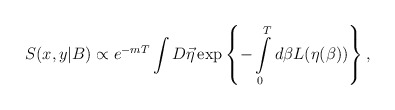
\begin{align*}S(x,y|B) \propto e^{-mT}\int D\vec\eta\exp\left\{-\int\limits_0^Td\beta L(\eta(\beta))\right\},\end{align*}